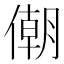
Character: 𠎫